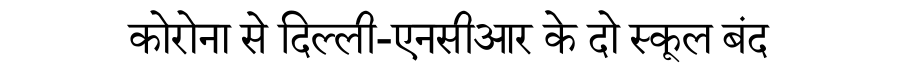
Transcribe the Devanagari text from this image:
कोरोना से दिल्ली-एनसीआर के दो स्कूल बंद